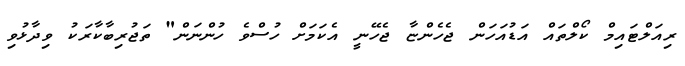
ރިއަލްޓައިމް ކޯލްތައް އަޑުއަހަން ޖެހެންޏާ ޖެހޭނީ އެކަމަށް ހުސްވެ ހުންނަން" ތަޖުރިބާކާރަކު ވިދާޅުވި